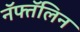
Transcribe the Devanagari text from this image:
नॅफ्तॅलिन